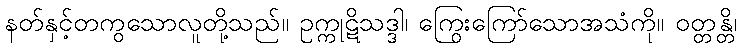
နတ်နှင့်တကွသောလူတို့သည်။ ဥက္ကုဋိသဒ္ဒါ၊ ကြွေးကြော်သောအသံကို။ ဝတ္တန္တိ၊